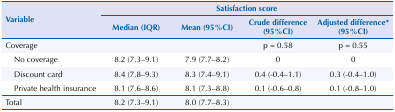
<table><thead><tr><td rowspan="2" colspan="2"><b>Variable</b></td><td colspan="4"><b>Satisfaction score</b></td></tr><tr><td><b>Median (IQR)</b></td><td><b>Mean (95%CI)</b></td><td><b>Crude difference (95%CI)</b></td><td><b>Adjusted difference* (95%CI)</b></td></tr></thead><tbody><tr><td colspan="2">Coverage</td><td></td><td></td><td>p = 0.58</td><td>p = 0.55</td></tr><tr><td></td><td>No coverage</td><td>8.2 (7.3-9.1)</td><td>7.9 (7.7-8.2)</td><td>0</td><td>0</td></tr><tr><td></td><td>Discount card</td><td>8.4 (7.8-9.3)</td><td>8.3 (7.4-9.1)</td><td>0.4 (-0.4-1.1)</td><td>0.3 (-0.4-1.0)</td></tr><tr><td></td><td>Private health insurance</td><td>8.1 (7.6-8.6)</td><td>8.1 (7.3-8.8)</td><td>0.1 (-0.6-0.8)</td><td>0.1 (-0.8-1.0)</td></tr><tr><td colspan="2">Total</td><td>8.2 (7.3-9.1)</td><td>8.0 (7.7-8.3)</td><td></td><td></td></tr></tbody></table>